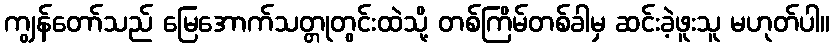
ကျွန်တော်သည် မြေအောက်သတ္တုတွင်းထဲသို့ တစ်ကြိမ်တစ်ခါမှ ဆင်းခဲ့ဖူးသူ မဟုတ်ပါ။